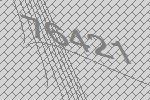
76421